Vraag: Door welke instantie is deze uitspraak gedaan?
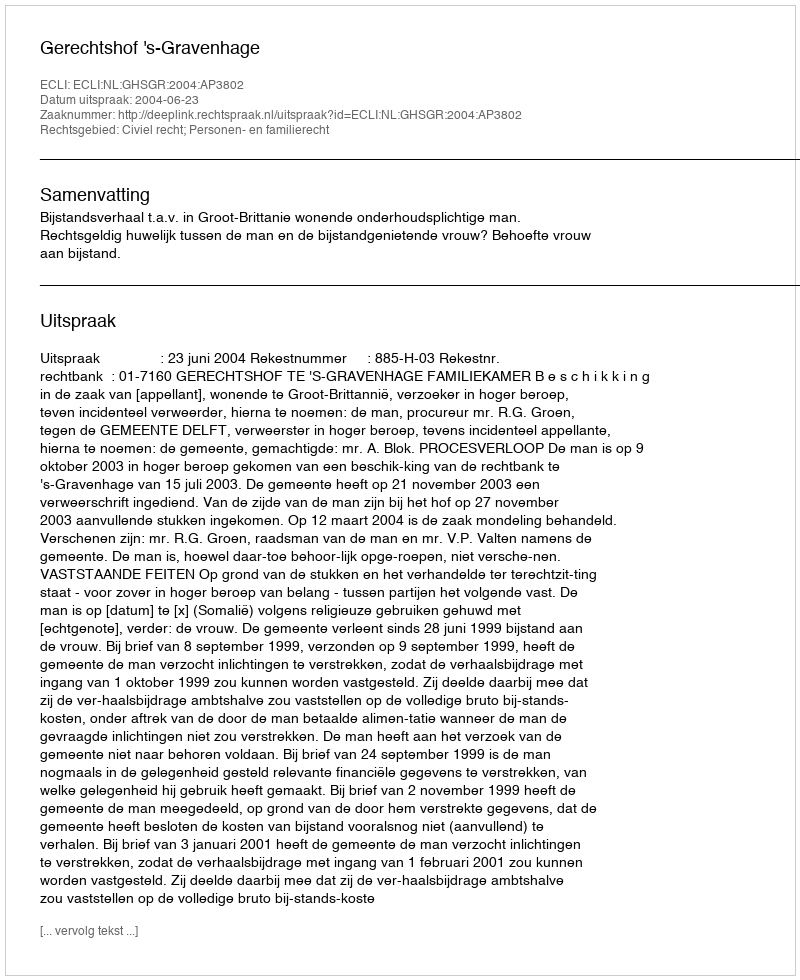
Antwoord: Gerechtshof 's-Gravenhage